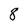
Character: 8